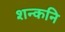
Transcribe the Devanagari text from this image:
शन्कनि